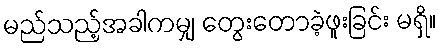
မည်သည့်အခါကမျှ တွေးတောခဲ့ဖူးခြင်း မရှိ။